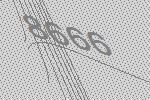
8666